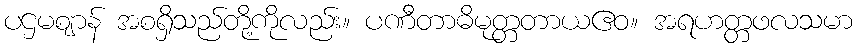
ပဌမဈာန် အစရှိသည်တို့ကိုလည်း။ ပဏီတာဓိမုတ္တတာယဧဝ။ အရဟတ္တဖလသမာ